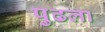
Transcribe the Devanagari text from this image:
पुढला